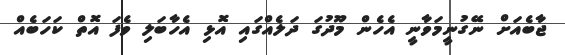
ޖާބެއަށް ނޭގުނީމަވާނީ އެހެން މޫދުގަ ދަލެއްގައި އޮޅި އެހާބަލި ވެފަ އޮތް ކަހަބެއް